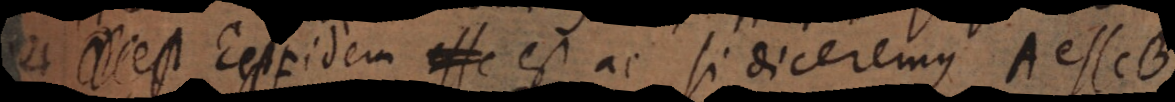
E est F, idem est ac si diceremus A esse